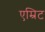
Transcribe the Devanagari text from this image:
एम्रिट